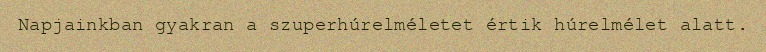
Napjainkban gyakran a szuperhúrelméletet értik húrelmélet alatt.